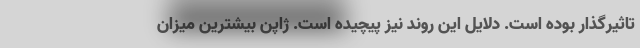
تاثیرگذار بوده است. دلایل این روند نیز پیچیده است. ژاپن بیشترین میزان